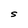
Character: S